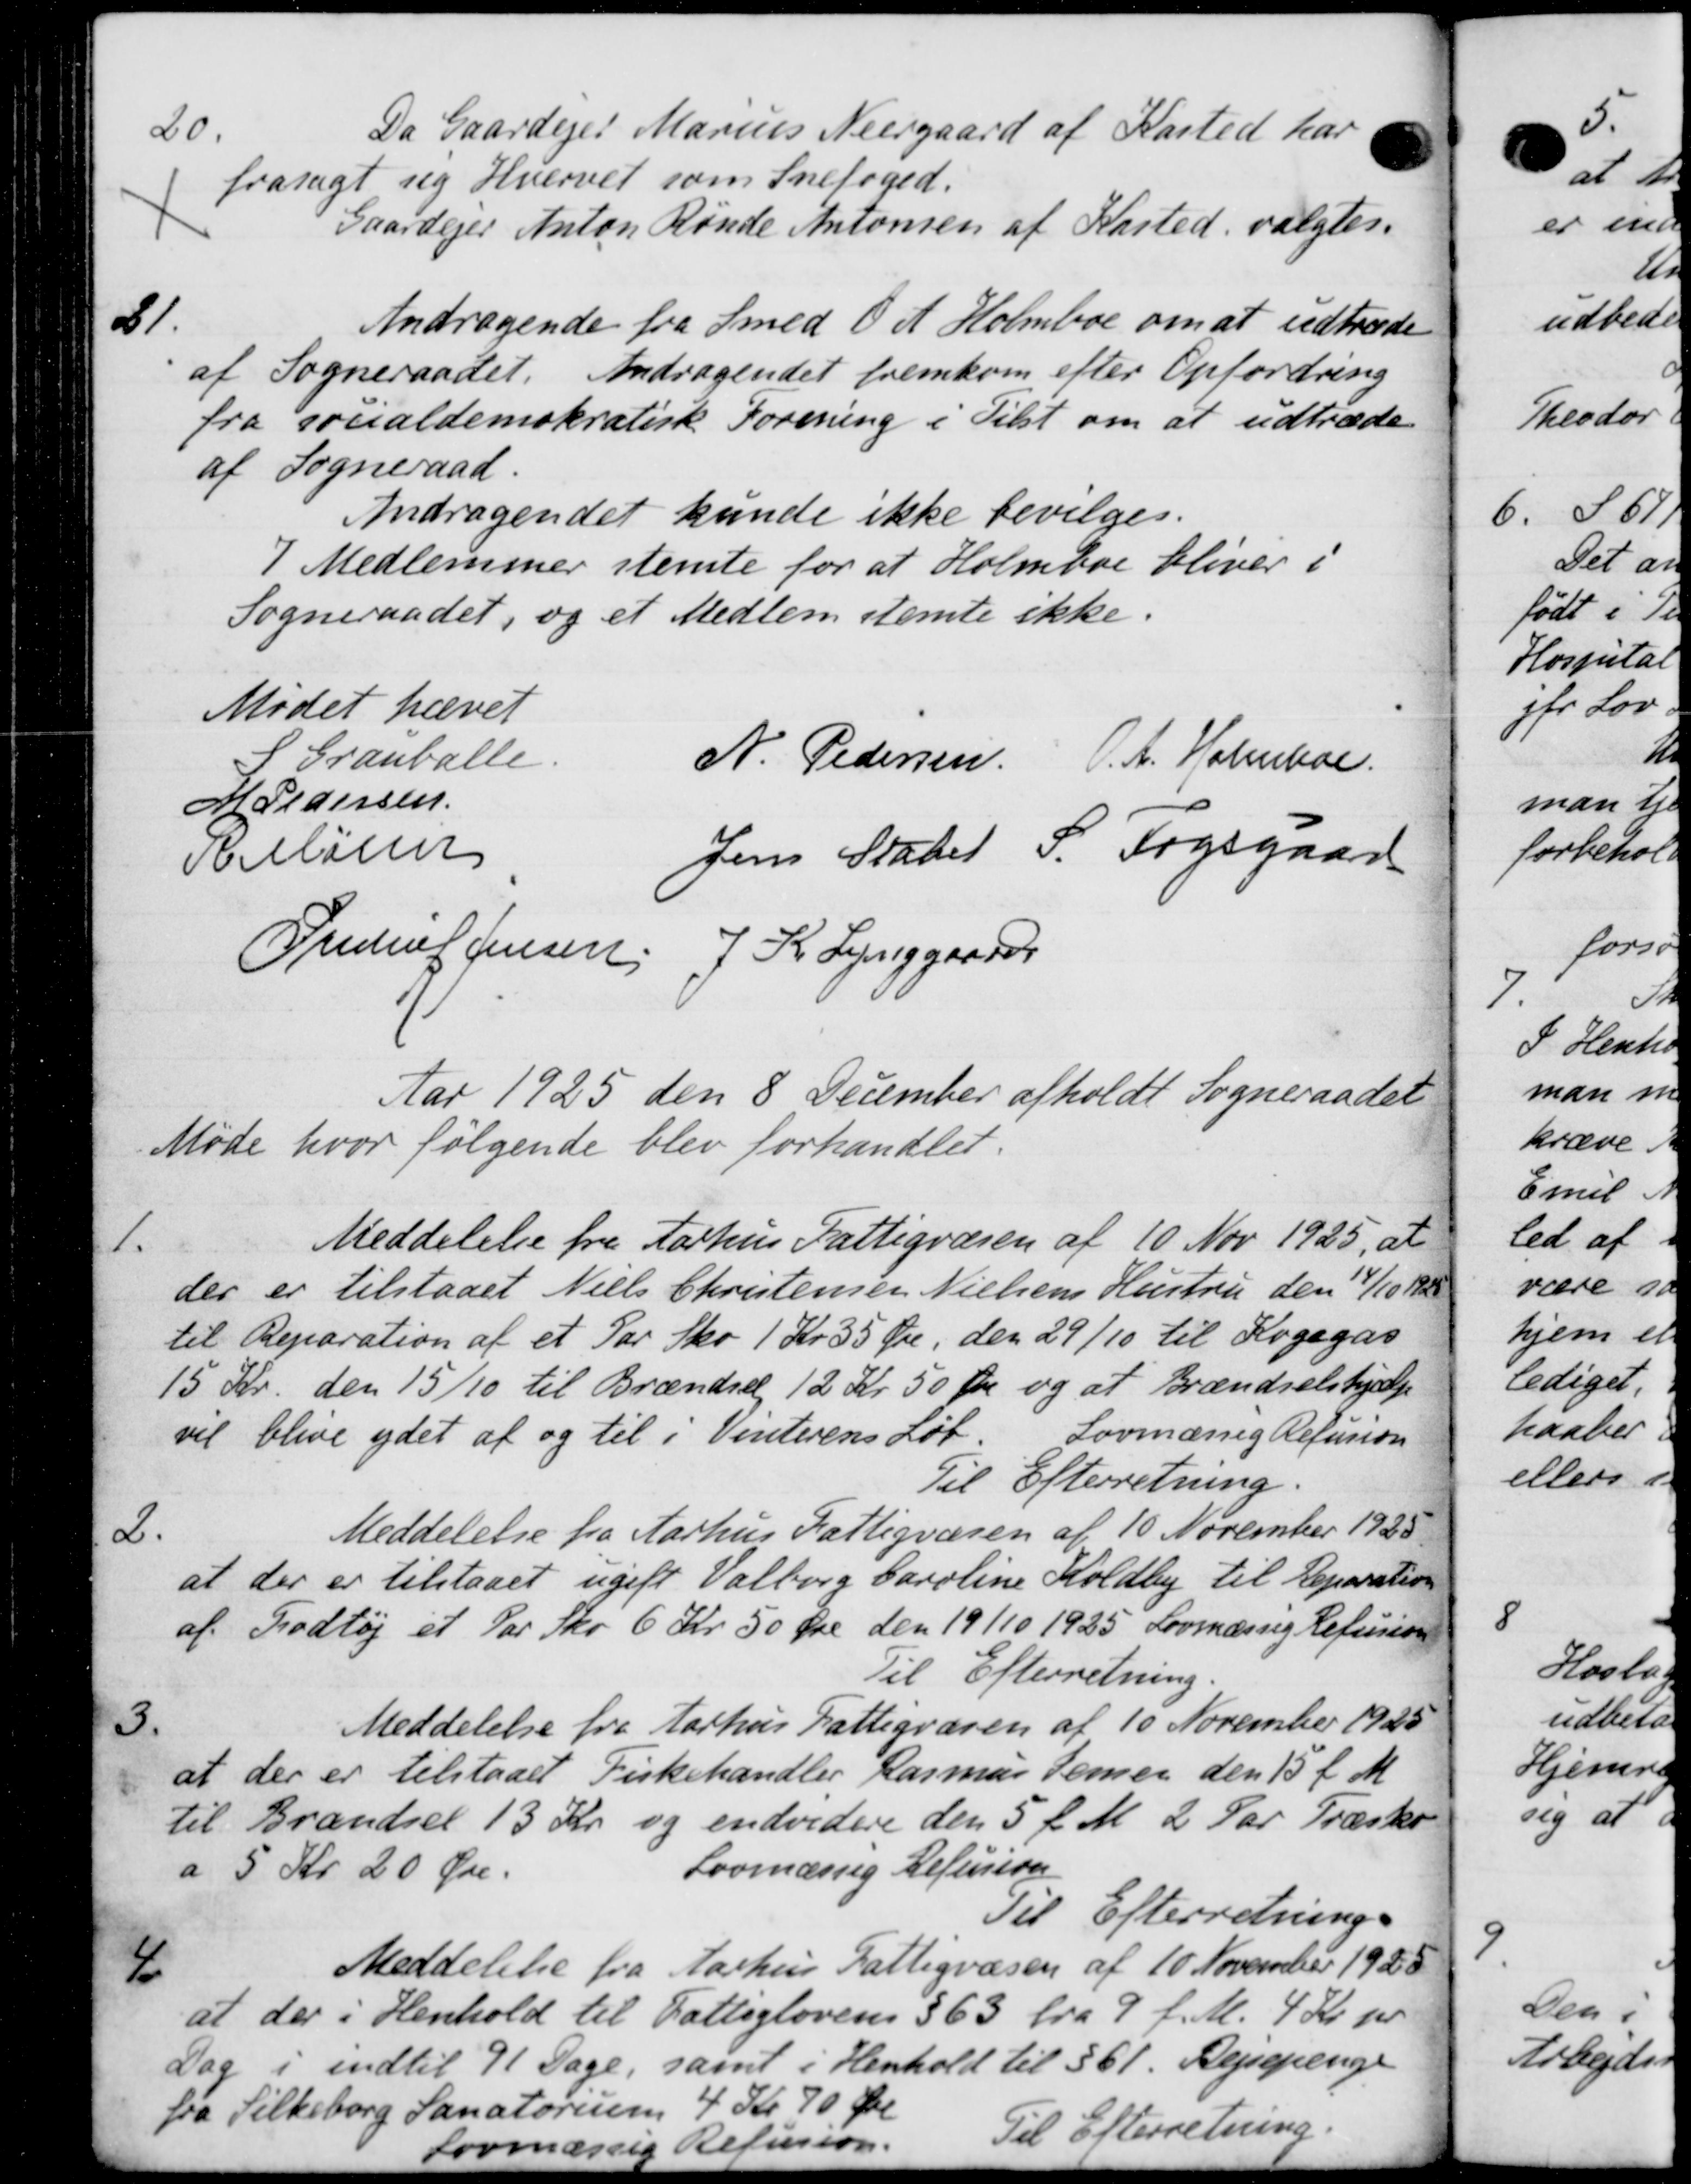
Transskription:
20.
Da Gaardejer Marius Neergaard af Kasted har
frasagt sig Hvervet som Snefoged.
Gaardejer Anton Rønde Antonsen af Kasted. valgtes.
21.
Andragende fra Smed O. A. Holmboe om at udtræde
af Sogneraadet. Andragendet fremkom efter Opfordring
fra socialdemokratisk Forening i Tilst om at udtræde
af Sogneraad.
Andragendet kunde ikke bevilges.
7 Medlemmer stemte for at Holmboe bliver i
Sogneraadet, og et Medlem stemte ikke.
Mødet hævet
8 Granballe.
N. Pedersen. O. A. Holmboe.
M Pedersen
Hellisen
Jens Stater S. Fogsgaard
Freders Jensen J. K. Lynggaards
Aar 1925 den 8 December afholdt Sogneraadet
Møde hvor følgende blev forhandlet.
1.
Meddelelse fra Aarhus Fattigvæsen af 10 Nov 1925, at
der er tilstaaet Niels Christensen Nielsens Hustru den 14/10 192
til Reparation af et Par Sko 1 Kr 35 Øre, den 29/10 til Kogegas
15 Kr. den 15/10 til Brændsel 12 Kr. 50 Øre og at Brændselshjælp
vil blive ydet af og til i Vinterens Løb Lovmæssig Refusion
Til Efterretning.
2.
Meddelelse fra Aarhus Fattigvæsen af 10 November 1928
at der er tilstaaet ugift Valborg Caroline Koldby til Reparation
af Fodtøj et Par Sko 6 Kr. 50 Øre den 19/10 1925 Lovmæssig Refusion
Til Efterretning
3
Meddelelse fra Aarhus Fattigvæsen af 10 November 1925
at der er tilstaaet Fiskehandler Rasmus Jensen den 15 f. M.
til Brændsel 13 Kr. og endvidere den 5 f. M. 2 Par Træske
a 5 Kr 20 Øre.
Lovmæssig Refusion
Til Efterretning.
4.
Meddelelse fra Aarhus Fattigvæsen af 10 November 1928
at der i Henhold til Fattiglovens § 63 fra 9 f. M. 4 Kr. pr
Dag i indtil 91 Dage, samt i Henhold til § 61. Rejsepenge
fra Silkeborg Sanatorie 4 Kr. 70 Øre
Lovmæssig Refusion.
Til Efterretning.